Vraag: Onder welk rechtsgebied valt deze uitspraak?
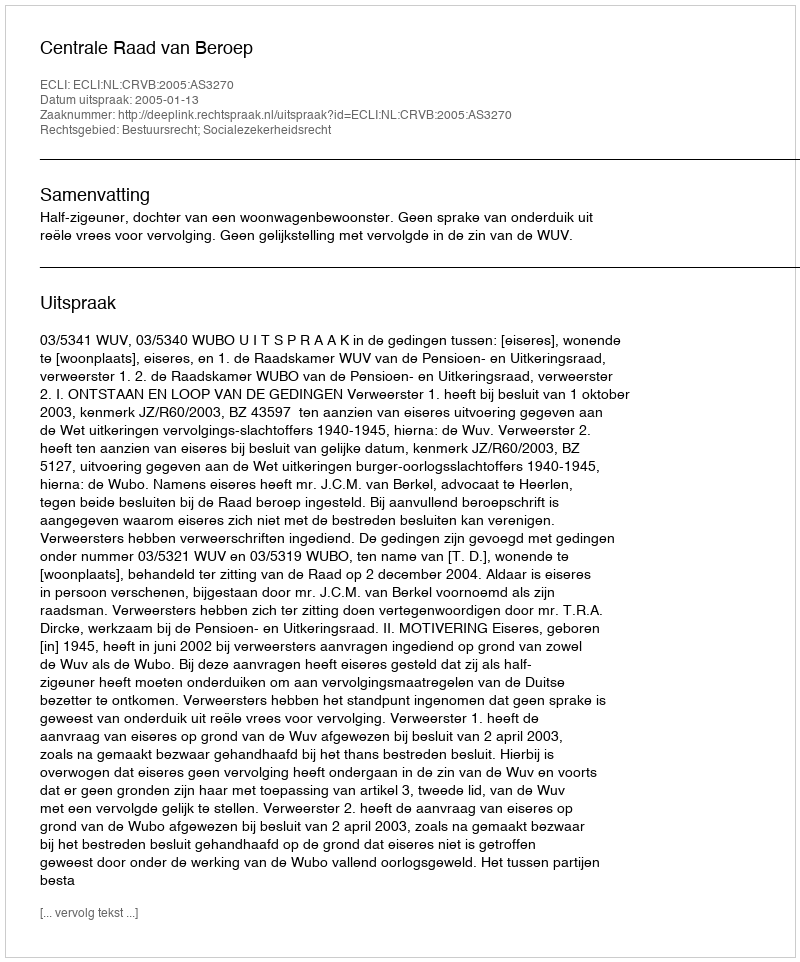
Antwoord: Bestuursrecht; Socialezekerheidsrecht